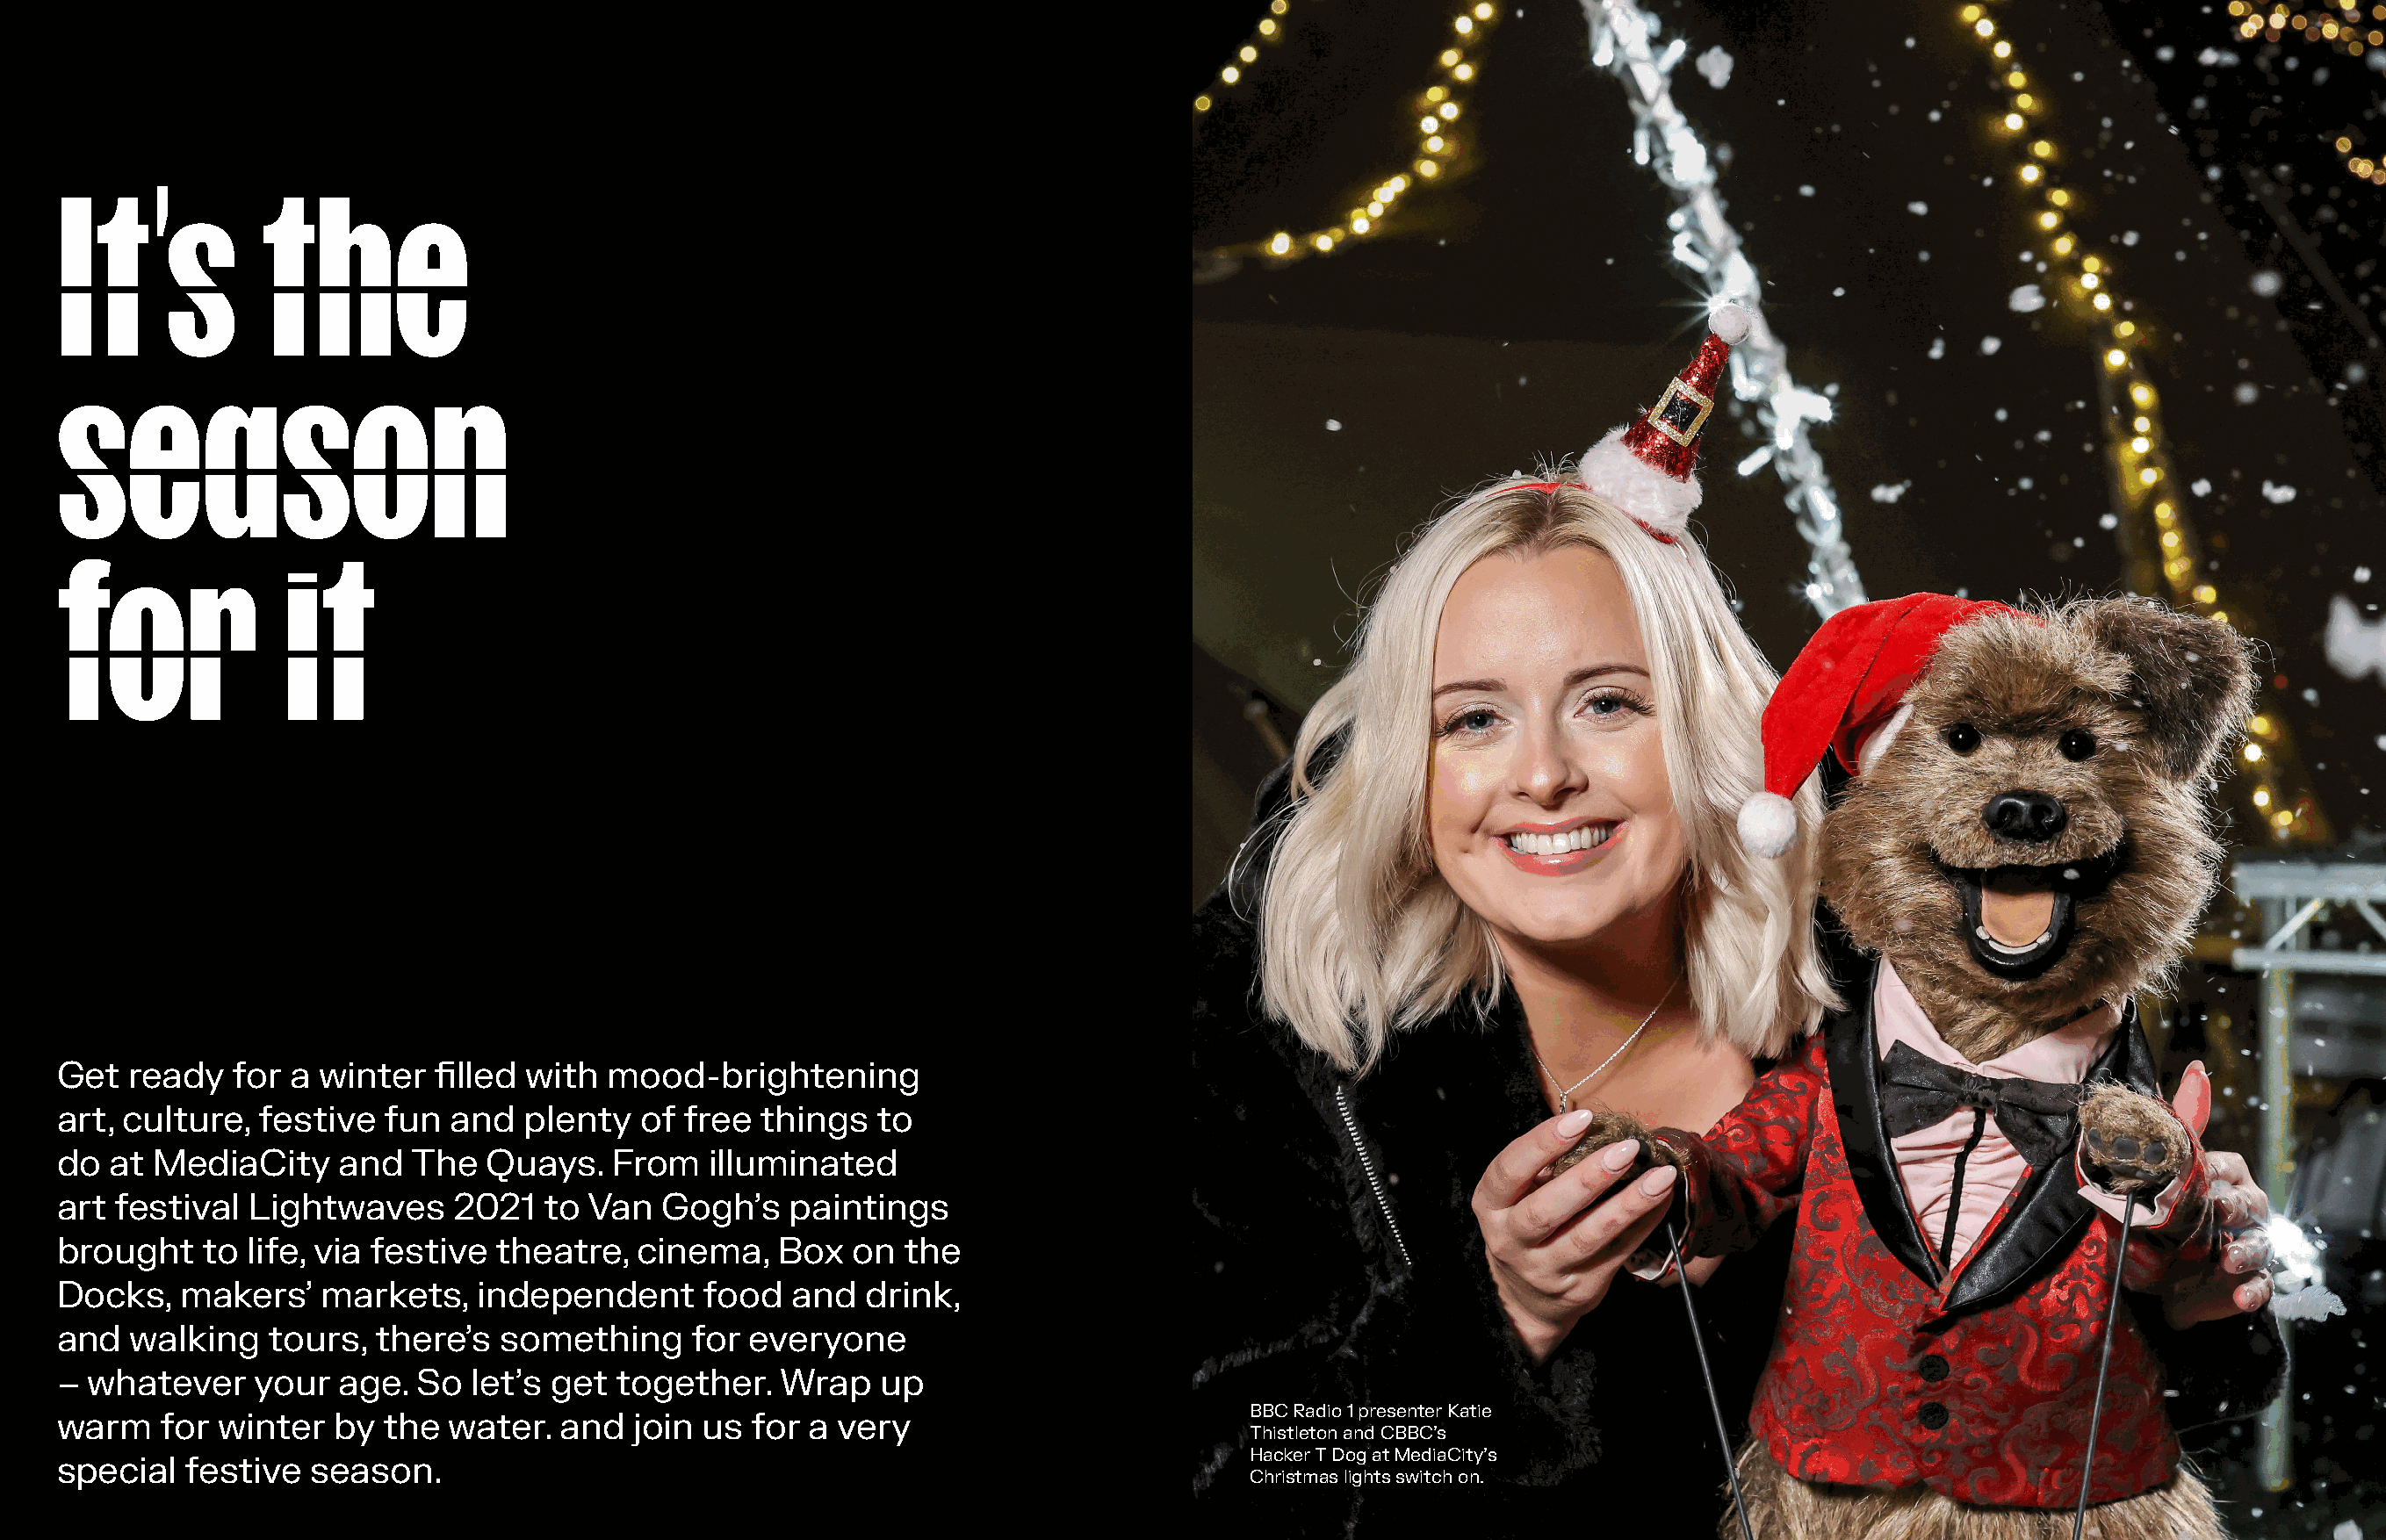
It’s            the
 season
 for              it
 Get   ready   for a winter   filled with  mood-brightening
 art, culture,   festive  fun  and   plenty  of  free things   to
 do  at  MediaCity     and  The   Quays.   From   illuminated
 art  festival  Lightwaves     2021   to Van   Gogh’s    paintings
 brought    to  life, via festive theatre,   cinema,    Box  on  the
 Docks,    makers’   markets,    independent      food   and  drink,
 and   walking   tours,  there’s   something     for everyone
 –  whatever    your   age. So   let’s get together.    Wrap   up
 BBC Radio 1 presenter Katie
 warm    for winter   by  the  water.  and   join us  for a very
 Thistleton and CBBC's
 Hacker T Dog at MediaCity's
 special   festive  season.
 Christmas lights switch on.